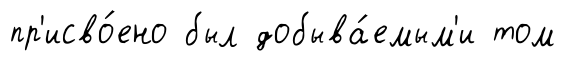
пр'исво́ено был добыва́емым'и том